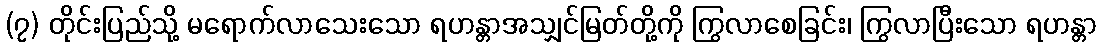
(၇) တိုင်းပြည်သို့ မရောက်လာသေးသော ရဟန္တာအသျှင်မြတ်တို့ကို ကြွလာစေခြင်း၊ ကြွလာပြီးသော ရဟန္တာ